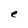
Character: e